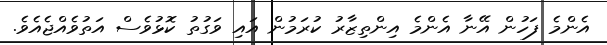
އެންމެ ފަހުން އޭނާ އެންމެ އިންތިޒާރު ކުރަމުން އައި ވަގުތު ކޮޅުވެސް އަތުވެއްޖެއެވެ.